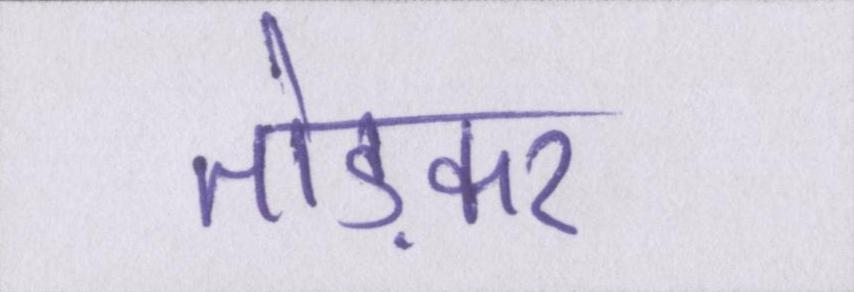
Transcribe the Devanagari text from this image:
तोड़कर